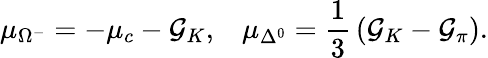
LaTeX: \mu_{\Omega^{-}}=-\mu_{c}-{\cal G}_{K},\, \, \, \, \, \mu_{\Delta^{0}}=\frac 13\, ({\cal G}_{K}-{\cal G}_{\pi}).